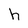
Character: h